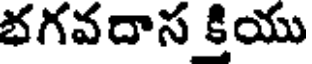
భగవదాస కియు